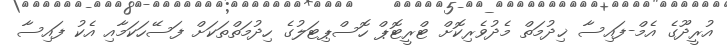
އުރީދޫގެ އެމް-ފައިސާ ޚިދުމަތް މެދުވެރިކޮށް ޓްރީޓޮޕް ހޮސްޕިޓަލުގެ ހިދުމަތްތަކަށް ފަސޭހަކަމާއި އެކު ފައިސާ